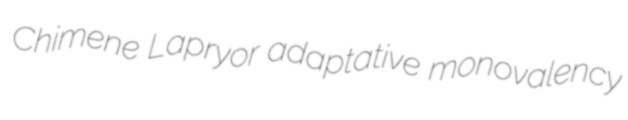
Chimene Lapryor adaptative monovalency